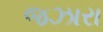
જઝારા